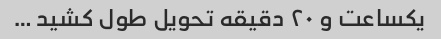
یکساعت و ۲۰ دقیقه تحویل طول کشید …